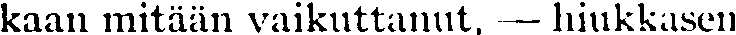
kaan mitään vaikuttanut, — hiukkasen